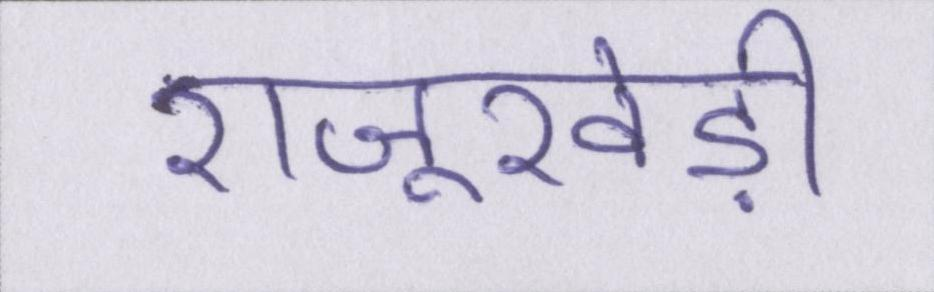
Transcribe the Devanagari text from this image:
राजूखेड़ी